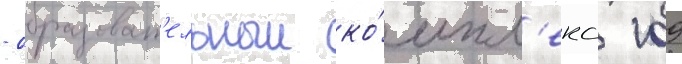
- образоват'ельныи ко́мпл'екс 109